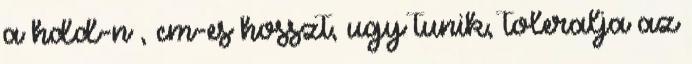
a hdd-n , cm-es hosszt, ugy tunik, toleralja az